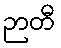
ဉာတီ